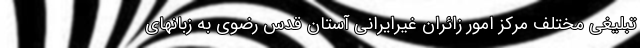
تبلیغی مختلف مرکز امور زائران غیرایرانی آستان قدس رضوی به زبانهای